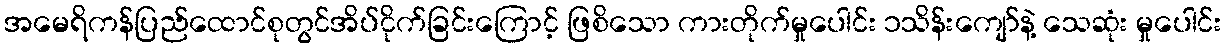
အမေရိကန်ပြည်ထောင်စုတွင်အိပ်ငိုက်ခြင်းကြောင့် ဖြစိသော ကားတိုက်မှုပေါင်း ၁သိန်းကျော်နဲ့ သေဆုံး မှုပေါင်း